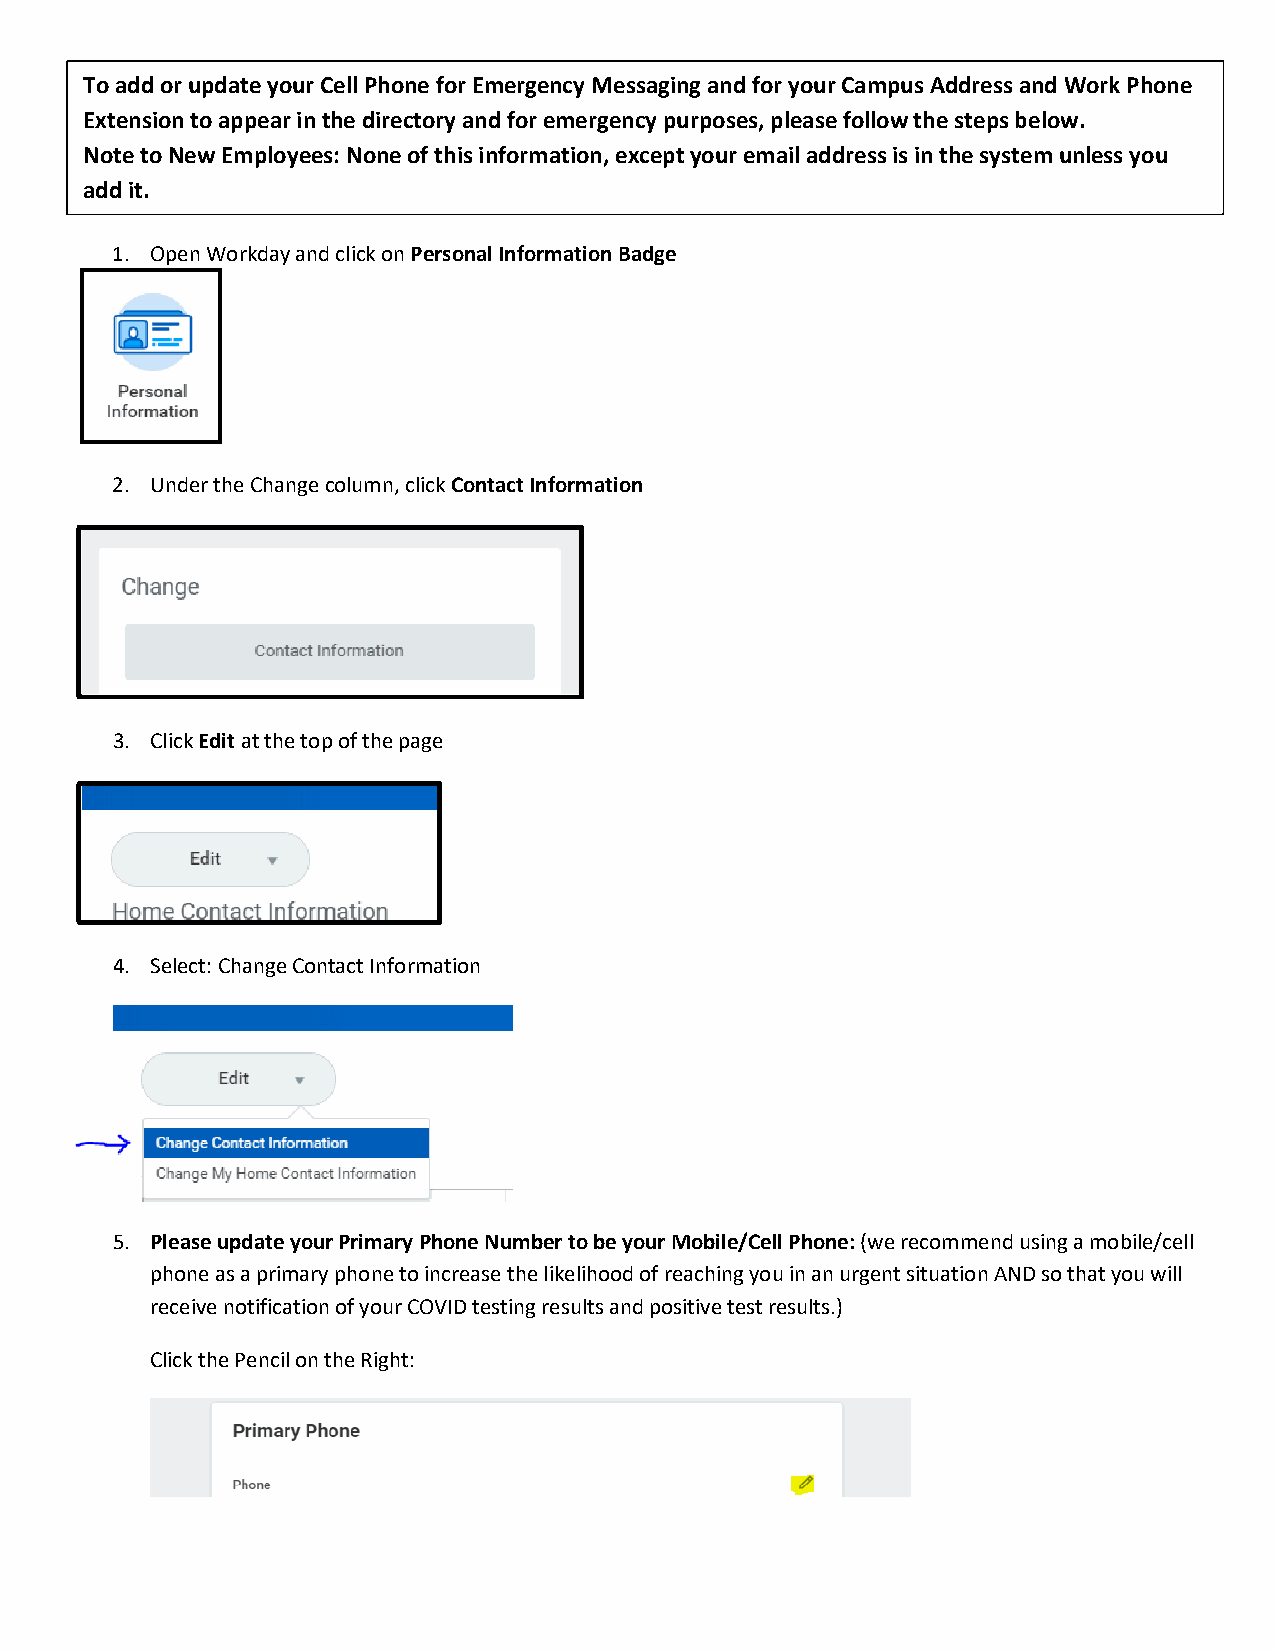
To add or update your Cell Phone for Emergency Messaging and for your Campus Address and Work Phone
 Extension to appear in the directory and for emergency purposes, please follow the steps below.
 Open Workday and click on Personal Information Badge
 Note to New Employees: None of this information, except your email address is in the system unless you
 add it.
 1. Open Workday and click on Personal Information Badge
 1. Open Workday and click on Personal Information Badge
 2. Under the Change column, click Contact Information
 3. Click Edit at the top of the page
 4. Select: Change Contact Information
 5. Please update your Primary Phone Number to be your Mobile/Cell Phone: (we recommend using a mobile/cell
 phone as a primary phone to increase the likelihood of reaching you in an urgent situation AND so that you will
 receive notification of your COVID testing results and positive test results.)
 Click the Pencil on the Right: